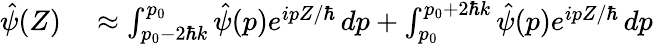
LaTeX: \begin{array}{rl}{\hat{\psi}(Z)}&{{}\approx\int_{p_{0}-2\hbar k}^{p_{0}}\hat{\psi}(p)e^{ipZ/\hbar}\, dp+\int_{p_{0}}^{p_{0}+2\hbar k}\hat{\psi}(p)e^{ipZ/\hbar}\, dp}\end{array}